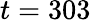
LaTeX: t=303